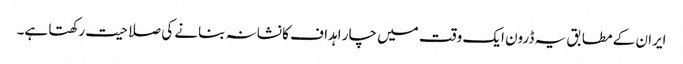
ایران کے مطابق یہ ڈرون ایک وقت میں چار اہداف کا نشانہ بنانے کی صلاحیت رکھتا ہے۔